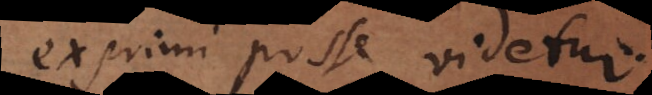
exprimi posse videtur.